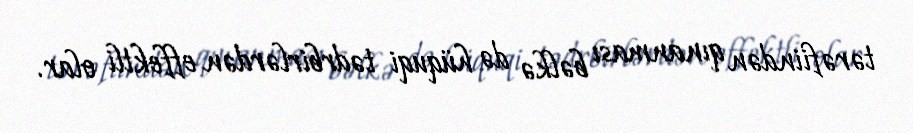
tərəfiindən qınanması bəlkə də hüquqi tədrbirlərdən effektli olar.